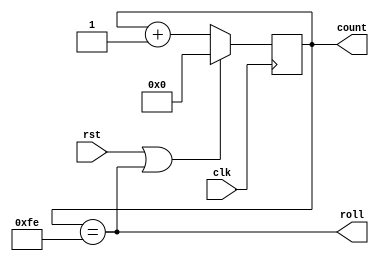
`timescale 1ns / 1ps
//////////////////////////////////////////////////////////////////////////////////
// Company:
// Engineer:
//
// Design Name:
// Module Name: cpfsk_clk_div
// Project Name:
// Target Devices:
// Tool Versions:
// Description:
//
// Dependencies:
//
// Revision:
// Revision 0.01 - File Created
// Additional Comments:
//
//////////////////////////////////////////////////////////////////////////////////

module counter_modulus_with_roll #(parameter COUNTER_WIDTH = 8, parameter COUNTER_MAX = 255) (
    input clk,
    input rst,
    output reg [COUNTER_WIDTH-1:0] count,
    output roll
    );

    assign roll = (count == COUNTER_MAX - 1);
    always @(posedge clk)
        if (rst || roll)
            count <= {COUNTER_WIDTH{1'b0}};
        else
            count <= count + 1'b1;
endmodule

module cpfsk_clk_div(
    input clk,
    input rst,
    output reg clk_dds,
    output reg clk_baud
    );

    wire should_toggle_dds, should_toggle_baud;

    always @(posedge clk)
        if (rst)
            clk_dds <= 0;
        else if (should_toggle_dds)
            clk_dds <= ~clk_dds;

    always @(posedge clk)
        if (rst)
            clk_baud <= 0;
        else if (should_toggle_baud)
            clk_baud <= ~clk_baud;

    /* Divide by 500 to get the frequency for DDS 13200 Hz */
    counter_modulus_with_roll #(.COUNTER_WIDTH(8), .COUNTER_MAX(500/2)) div_by_500_dds (.clk(clk), .rst(rst), .roll(should_toggle_dds));
    /* Divide by 5500 to get clock for data in baud rate 1200 Hz */
    counter_modulus_with_roll #(.COUNTER_WIDTH(12), .COUNTER_MAX(5500/2)) div_by_5500_dds (.clk(clk), .rst(rst), .roll(should_toggle_baud));
endmodule